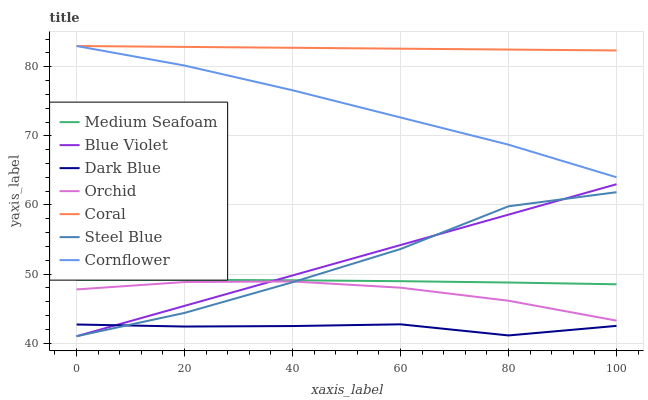
| xaxis_label | Medium Seafoam | Blue Violet | Dark Blue | Orchid | Coral | Steel Blue | Cornflower |
 | --- | --- | --- | --- | --- | --- | --- | --- |
 | 0 | 49.2 | 41 | 42.7 | 47.8 | 83 | 41 | 83 |
 | 20 | 49.2 | 45.4 | 42.4 | 48.8 | 82.9 | 44.4 | 80.2 |
 | 40 | 49.1 | 49.8 | 42.5 | 48.9 | 82.7 | 48.8 | 76.6 |
 | 60 | 49 | 54.2 | 42.7 | 48 | 82.6 | 53.6 | 72.7 |
 | 80 | 48.8 | 58.6 | 41.1 | 46.1 | 82.5 | 59.8 | 68.7 |
 | 100 | 48.5 | 63 | 42.5 | 43.3 | 82.4 | 61.8 | 64 |